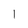
Character: l